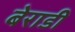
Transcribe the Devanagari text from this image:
बेराडी